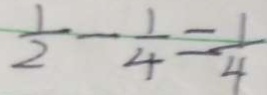
\frac { 1 } { 2 } - \frac { 1 } { 4 } = \frac { 1 } { 4 }